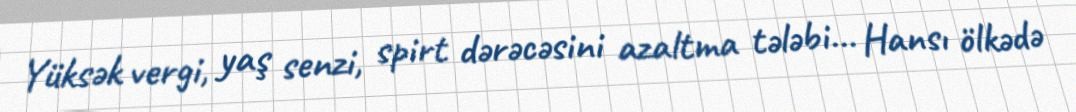
Yüksək vergi, yaş senzi, spirt dərəcəsini azaltma tələbi... Hansı ölkədə